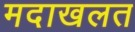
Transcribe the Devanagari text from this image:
मदाखलत